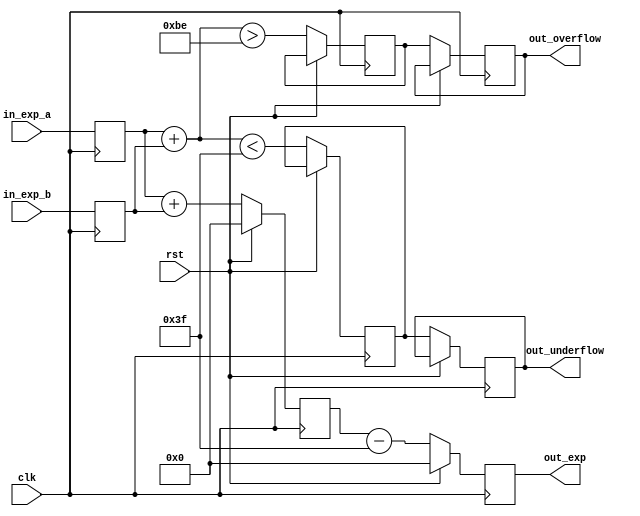
`timescale 1ns / 1ps
//16 bit frac
//1 sign
//7 exp

module adder
(
   input             clk,
   input             rst,
   input [6:0]  in_exp_a,
   input [6:0]  in_exp_b,
   output [6:0] out_exp,
   output out_underflow,
   output out_overflow
);
    reg [7:0] out;    
    reg [7:0] adder_reg;
    reg underflow_reg;
    reg underflow_out_reg;
    reg overflow_reg;
    reg overflow_out_reg;
    reg [6:0] exp_a_local;      //TODO test if it is necessary
    reg [6:0] exp_b_local;
    
    always @ (posedge clk)
    begin
        exp_a_local <= in_exp_a;
        exp_b_local <= in_exp_b;
    end
    always @ (posedge clk)
    begin
        if(rst)
            adder_reg <= 0;
        else
        begin
            adder_reg <= exp_a_local + exp_b_local;    //Substract the offset once because we added it two times
            underflow_reg <= (exp_a_local + exp_b_local) < 63;
            overflow_reg <= (exp_a_local + exp_b_local) > 190;
        end
    end
    always @ (posedge clk)
    begin
        if(rst)
            out <= 0;
        else
        begin
            out <= adder_reg - 63;
            underflow_out_reg <= underflow_reg;
            overflow_out_reg <= overflow_reg;
        end
    end
    assign out_exp = out [6:0];             //8th bit-> overflow?
    assign out_underflow = underflow_out_reg;
    assign out_overflow = overflow_out_reg;
endmodule



module multiplier
(
   input             clk,
   input             rst,
   input [15:0]  in_mantissa_a,
   input [15:0]  in_mantissa_b,
   output [17:0] out_mantissa
);

    reg [33:0] out;
    reg [33:0] multiplier_reg;
    reg [16:0] mantissa_a_local;    //TODO test if it is necessary
    reg [16:0] mantissa_b_local;
    always @ (posedge clk)
    begin
        mantissa_a_local  <= {1'b1,in_mantissa_a};
        mantissa_b_local <= {1'b1,in_mantissa_b};
    end
    always @ (posedge clk)
    begin
        if(rst)
            multiplier_reg <= 0;
        else
            multiplier_reg <= mantissa_a_local * mantissa_b_local;       //the fraction part doesnt contain the hidden 1
    end
    always @ (posedge clk)
    begin
    if(rst)
        out <= 0;
    else
        out <= multiplier_reg;       //the fraction part doesnt contain the hidden 1
    end
    assign out_mantissa = out[33:16];       //Underflow detection?
endmodule


module signbit
(
    input clk,
    input rst,
    input in_sign_a,
    input in_sign_b,
    output out_sign
);
    reg sign_reg;
    reg out;
    reg sign_a_local;       
    reg sign_b_local;
    always @ (posedge clk)
    begin
        sign_a_local  <= in_sign_a;
        sign_b_local <= in_sign_b;
    end
    always @ (posedge clk)
    begin
        if(rst)
            sign_reg <= 0;
        else
            sign_reg <= sign_a_local ^ sign_b_local;
    end
    always @ (posedge clk)
    begin
        if(rst)
            out <= 0;
        else
            out <= sign_reg;
    end
    assign out_sign = out;
endmodule

module normaliser
(
   input            clk,
   input            rst,
   input [6:0]      in_exp,
   input [17:0]     in_mantissa,
   input            in_adder_overflow,
   input            in_adder_underflow,
   output [6:0]     out_exp_normalised,
   output [15:0]    out_mantissa_normalised,
   output out_overflow,
   output out_underflow
);

    reg [6:0] exp;
    reg [15:0] mantissa;
    reg overflow;
    reg underflow;     
      
    always @ (posedge clk)
    begin
        if(rst)
        begin
            mantissa <= 0;
            exp <= 0;
        end
        else
        begin
            if(in_mantissa[17] == 1)                
            begin
                overflow <= (in_exp == 127) | in_adder_overflow;
                mantissa <= in_mantissa[16:1];
            end
            else
            begin
                overflow <= in_adder_overflow;
                mantissa <= in_mantissa[15:0];
            end
            
            underflow <= in_adder_underflow;
            exp <= in_exp + in_mantissa[17];
        end
    end
    assign out_exp_normalised = exp;
    assign out_mantissa_normalised = mantissa;
    
    assign out_overflow = overflow;
    assign out_underflow = underflow;
endmodule